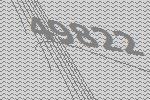
49822